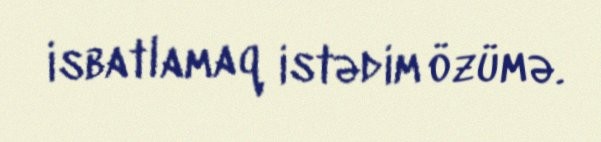
isbatlamaq istədim özümə.